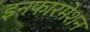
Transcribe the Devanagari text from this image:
इनफारमेशन